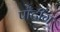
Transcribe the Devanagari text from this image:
पाँटींग